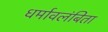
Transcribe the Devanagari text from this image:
धर्मावलंबिता